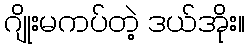
ဂျိုးမကပ်တဲ့ ဒယ်အိုး။